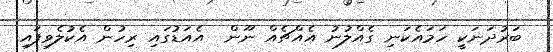
ބަރުދަނަކީ ހަމައެކަނި ގެއްލުނު އެއްޗެއް ނޫން  އެއަޑުގައި ރިހުން އެކުލެވިފައި